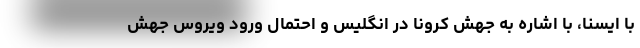
با ایسنا، با اشاره به جهش کرونا در انگلیس و احتمال ورود ویروس جهش